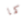
كما